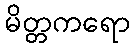
မိတ္တကရော